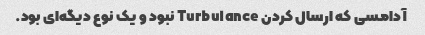
آدامسی که ارسال کردن Turbulance نبود و یک نوع دیگه‌ای بود.